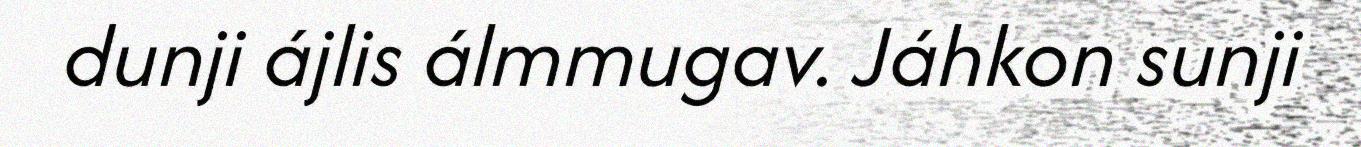
dunji ájlis álmmugav. Jáhkon sunji